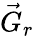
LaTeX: \vec{G}_{r}